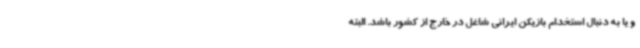
و یا به دنبال استخدام بازیکن ایرانی شاغل در خارج از کشور باشد. البته